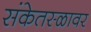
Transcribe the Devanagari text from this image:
संकेतस्ळावर